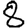
Digit: 8